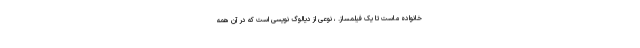
خانواده ماست تا یک فیلمساز. ، نوعی از دیالوگ نویسی است که در آن همه